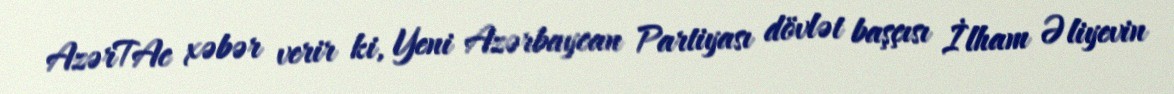
AzərTAc xəbər verir ki, Yeni Azərbaycan Partiyası dövlət başçısı İlham Əliyevin